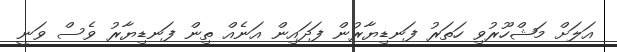
އަލަށް މަޝްހޫރުވި ހަތަރު ފަނޑިޔާރުން ފަދައިން އަނެއް ތިން ފަނޑިޔާރު ވެސް ވަނީ